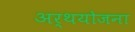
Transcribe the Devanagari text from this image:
अर्थयोजना